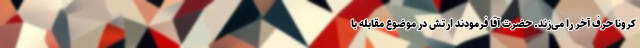
کرونا حرف آخر را می‌زند. حضرت آقا فرمودند ارتش در موضوع مقابله با